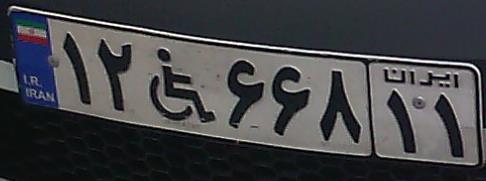
۱۲+۶۶۸۱۱